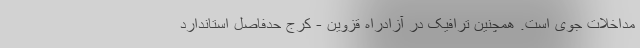
مداخلات جوی است. همچنین ترافیک در آزادراه قزوین - کرج حدفاصل استاندارد